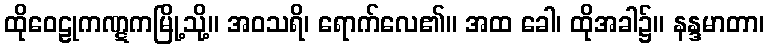
ထိုဝေဠုကဏ္ဋကမြို့သို့။ အဝသရိ၊ ရောက်လေ၏။ အထ ခေါ၊ ထိုအခါ၌။ နန္ဒမာတာ၊